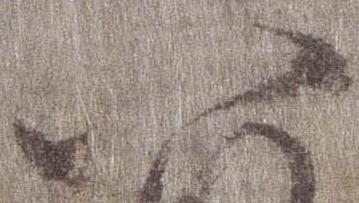
八